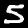
Label: 5